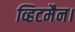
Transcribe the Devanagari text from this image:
व्हिटमैन।